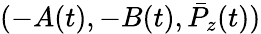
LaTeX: (-A(t),-B(t),\bar{P}_{z}(t))